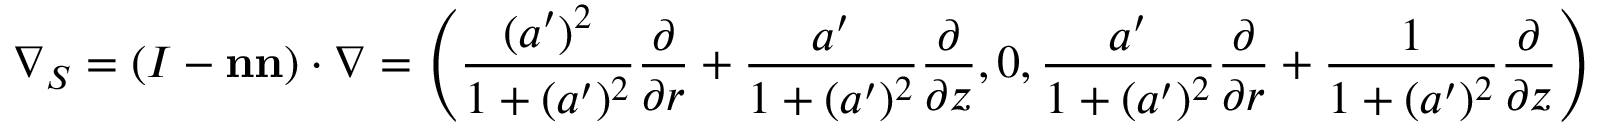
\nabla _ { S } = ( I - \mathbf { n } \mathbf { n } ) \cdot \nabla = \left( \frac { ( a ^ { \prime } ) ^ { 2 } } { 1 + ( a ^ { \prime } ) ^ { 2 } } \frac { \partial } { \partial r } + \frac { a ^ { \prime } } { 1 + ( a ^ { \prime } ) ^ { 2 } } \frac { \partial } { \partial z } , 0 , \frac { a ^ { \prime } } { 1 + ( a ^ { \prime } ) ^ { 2 } } \frac { \partial } { \partial r } + \frac { 1 } { 1 + ( a ^ { \prime } ) ^ { 2 } } \frac { \partial } { \partial z } \right)